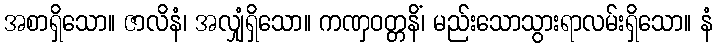
အစာရှိသော။ ဇာလိနံ၊ အလျှံရှိသော။ ကဏှဝတ္တနိံ၊ မည်းသောသွားရာလမ်းရှိသော။ နံ